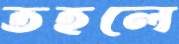
তহলে